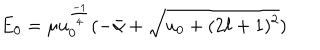
LaTeX: E _ { 0 } = \mu u _ { 0 } ^ { \frac { - 1 } { 4 } } ( - \bar { \alpha } + \sqrt { u _ { 0 } + ( 2 \ell + 1 ) ^ { 2 } } )